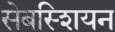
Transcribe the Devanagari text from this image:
सेबस्शियन